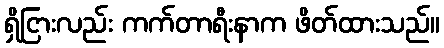
ရှိငြားလည်း ကက်တာရီးနာက ဖိတ်ထားသည်။